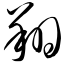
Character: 翔